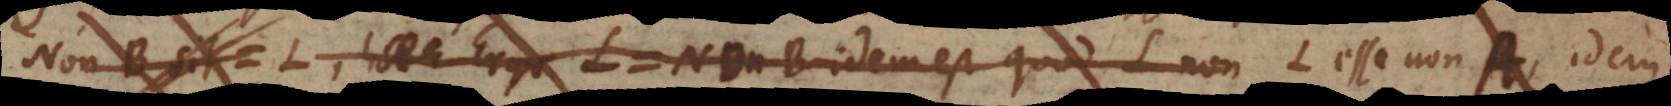
Non‐B sit = L, Ergo L = non‐B idem est quod L non L esse non‐A, idem